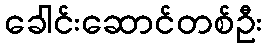
ခေါင်းဆောင်တစ်ဦး